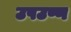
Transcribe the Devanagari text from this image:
उपउष्ण